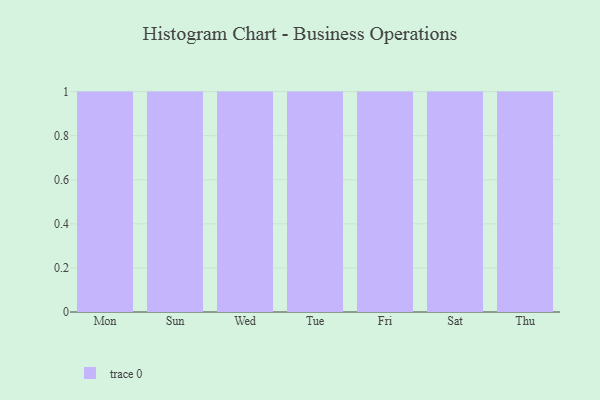
{"axis": {"x": "Day", "y": "Headcount"}, "legend": [""], "data": [{"x": "Mon", "y": 15, "type": ""}, {"x": "Sun", "y": 87, "type": ""}, {"x": "Wed", "y": 88, "type": ""}, {"x": "Tue", "y": 15, "type": ""}, {"x": "Fri", "y": 6, "type": ""}, {"x": "Sat", "y": 66, "type": ""}, {"x": "Thu", "y": 56, "type": ""}]}